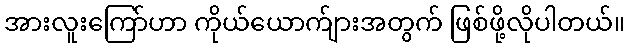
အားလူးကြော်ဟာ ကိုယ်ယောက်ျားအတွက် ဖြစ်ဖို့လိုပါတယ်။